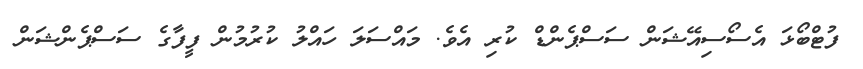
ފުޓްބޯޅަ އެސޯސިއޭޝަން ސަސްޕެންޑް ކުރި އެވެ. މައްސަލަ ހައްލު ކުރުމުން ފީފާގެ ސަސްޕެންޝަން